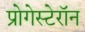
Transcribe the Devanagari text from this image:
प्रोगेस्टेरॉन